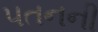
૫તનની